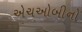
એચઓબીનો